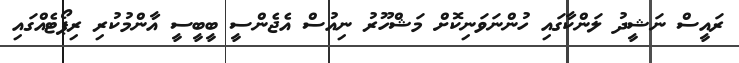
ރައީސް ނަޝީދު ލަންކާގައި ހުންނަވަނިކޮށް މަޝްހޫރު ނިއުސް އެޖެންސީ ބީބީސީ އާންމުކުރި ރިޕޯޓެއްގައި